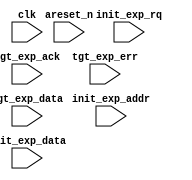
module hb_exp
#(parameter
 HRQW=32,
 HRSW=32,
 RSTRT=0,
 REND=7,
 ADDRW = 3,
 NTGT=REND-RSTRT+1,

 ADDR_COMP = 0,
 BASE_ADDR_VEC = 0,
 ADDR_MASK_VEC = 0,
 DFF_SAMPLES   = 1

)(

input  clk,
input  areset_n,
input             init_exp_rq,
input [ADDRW-1:0] init_exp_addr,
input [HRQW-1:0]  init_exp_data,
input  [NTGT-1:0] tgt_exp_ack,
input  [NTGT-1:0] tgt_exp_err,
input  [NTGT*HRSW-1:0] tgt_exp_data
);
wire [NTGT-1:0] exp_tgt_rq_samp_int    ;
wire [NTGT-1:0] tgt_sel;
generate
  if(ADDR_COMP==0) begin: GEN_IND_TREE
    assign tgt_sel = addr_dec(init_hb_addr_ff);
  end
  else begin: GEN_REG_TREE
    assign tgt_sel = addr_dec_comp(init_hb_addr_ff,BASE_ADDR_VEC,ADDR_MASK_VEC);
  end
endgenerate

assign exp_tgt_rq_samp_int = {NTGT{init_exp_rq_ff}} & tgt_sel;


////////////////////////////////////////////////////////////////////////////////

////////////////////////////////////////////////////////////////////////////////
// Functions

function  [NTGT-1:0] addr_dec(input [ADDRW-1:0] f_addr);
integer i_tgt;
reg [NTGT-1:0] tgt_tmp;
begin
  tgt_tmp={NTGT{1'b0}};
  for(i_tgt=RSTRT;i_tgt<=REND;i_tgt=i_tgt+1) begin
    if(f_addr==i_tgt) begin
      tgt_tmp[i_tgt]=1'b1;
    end
  end
  addr_dec=tgt_tmp;
end
endfunction


function  [NTGT-1:0] addr_dec_comp(input [ADDRW-1:0] f_addr,input [NTGT*ADDRW-1:0] base_addr_in,input [NTGT*ADDRW-1:0] mask_in);
integer i_tgt;
reg [NTGT-1:0] tgt_tmp;
reg [ADDRW-1:0] base_addr_arr [NTGT-1:0];
reg [ADDRW-1:0] addr_mask_arr [NTGT-1:0];
reg [ADDRW-1:0] end_addr_arr [NTGT-1:0];

begin
  for(i_tgt=RSTRT;i_tgt<=REND;i_tgt=i_tgt+1) begin
    base_addr_arr[i_tgt]=base_addr_in[i_tgt*ADDRW +: ADDRW];
    addr_mask_arr[i_tgt]=mask_in[i_tgt*ADDRW +: ADDRW];
    end_addr_arr[i_tgt]=base_addr_arr[i_tgt] + addr_mask_arr[i_tgt];
  end
  tgt_tmp={NTGT{1'b0}};
  for(i_tgt=RSTRT;i_tgt<=REND;i_tgt=i_tgt+1) begin
    if((f_addr>=base_addr_arr[i_tgt])&&(f_addr<=end_addr_arr[i_tgt])) begin
      tgt_tmp[i_tgt]=1'b1;
    end
  end
  addr_dec_comp=tgt_tmp;
end
endfunction


endmodule